Report of the Indian Hemp Drugs Commission, 1894-1895 - Volume IV
Year: 1894
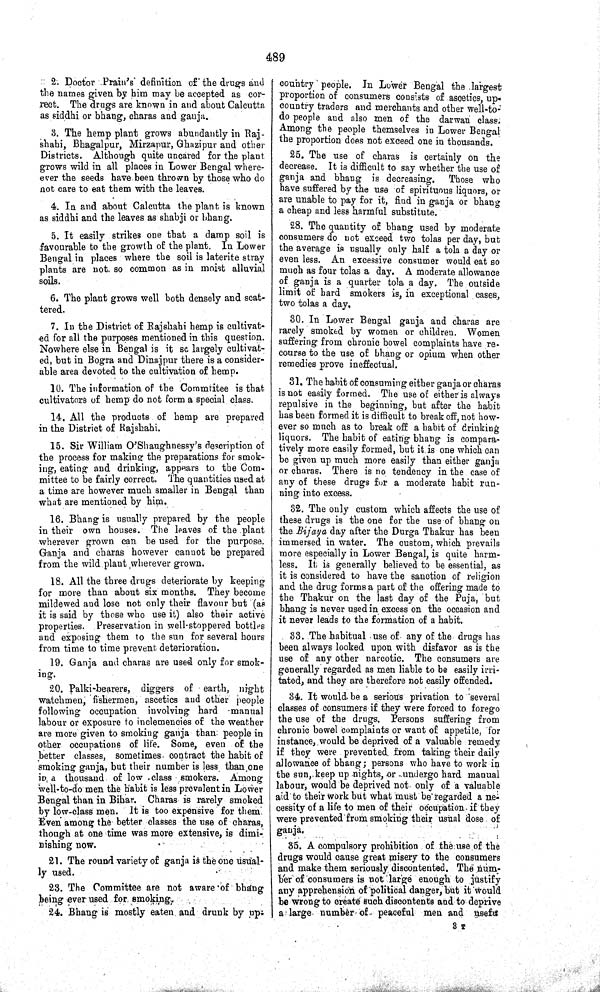
489
2. Doctor Prain's definition of the drugs and
the names given by him may be accepted as cor-
rect. The drugs are known in and about Calcutta
as siddhi or bhang, charas and ganja.
3. The hemp plant grows abundantly in Raj-
shahi, Bhagalpur, Mirzapur, Ghazipur and other
Districts. Although quite uncared for the plant.
grows wild in all places in Lower Bengal where-
ever the seeds have been thrown by those who do
not care to eat them with the leaves.
4. In and about Calcutta the plant is known
as siddhi and the leaves as shabji or bhang.
5. It easily strikes one that a damp soil is
favourable to the growth of the plant. In Lower
Bengal in places where the soil is laterite stray
plants are not. so common as in moist alluvial
soils.
6. The plant grows well both densely and scat-
tered.
7. In the District of Rajshahi hemp is cultivat-
ed for all the purposes mentioned in this question.
Nowhere else in Bengal is it so largely cultivat-
ed, but in Bogra and Dinajpur there is a consider-
able area devoted to the cultivation of hemp.
10. The information of the Commtitee is that
cultivators of hemp do not form a special class.
14. All the products of hemp are prepared
in the District of Rajshahi.
15. Sir William O'Shaughnessy's description of
the process for making the preparations for smok-
ing, eating and drinking, appears to the Com-
mittee to be fairly correct. The quantities used at
a time are however much smaller in Bengal than
what are mentioned by him.
16. Bhang is usually prepared by the people
in their own houses. The leaves of the plant
wherever grown can be used for the purpose.
Ganja and charas however cannot be prepared
from the wild plant wherever grown.
18. All the three drugs deteriorate by keeping
for more than about six months. They become
mildewed and lose not only their flavour but (as
it is said by those who use it) also their active
properties. Preservation in well-stoppered bottles
and exposing them to the sun for several hours
from time to time prevent deterioration.
19. Ganja and charas are used only for smok-
ing.
20. Palki-bearers, diggers of earth, night
watchmen, fishermen, ascetics and other people
following occupation involving hard manual
labour or exposure to inclemencies of the weather
are more given to smoking ganja than people in
other occupations of life. Some, even of the
better classes, sometimes contract the habit of
smoking ganja, but their number is less than one
in, a thousand of low class smokers. Among
well-to-do men the habit is less prevalent in Lower
Bengal than in Bihar. Charas is rarely smoked
by low-class men. It is too expensive for them.
Even among the better classes the use of charas,
though at one time was more extensive, is dimi-
nishing now.
21. The round variety of ganja is the one usual-
ly used.
23. The Committee are not aware of bhang
being ever used for
smoking.
24. Bhang is mostly eaten and drunk by up;
country people. In Lower Bengal the largest
proportion of consumers consists of ascetics, up-
country traders and merchants and other well-to-
do people and also men of the darwan class.
Among the people themselves in Lower Bengal
the proportion does not exceed one in thousands.
25. The use of charas is certainly on the
decrease. It is difficult to say whether the use of
ganja and bhang is decreasing. Those who
have suffered by the use of spirituous liquors, or
are unable to pay for it, find in ganja or bhang
a cheap and less harmful substitute.
28. The quantity of bhang used by moderate
consumers do not exceed two tolas per day, but
the average is usually only half a tola a day or
even less. An excessive consumer would eat so
much as four tolas a day. A moderate allowance
of ganja is a quarter tola a day. The outside
limit of hard smokers is, in exceptional cases,
two tolas a day.
30. In Lower Bengal ganja and charas are
rarely smoked by women or children. Women
suffering from chronic bowel complaints have re-
course to the use of bhang or opium when other
remedies prove ineffectual.
31. The habit of consuming either ganja or charas
is not easily formed. The use of either is always
repulsive in the beginning, but after the habit
has been formed it is difficult to break off, not how-
ever so much as to break off a habit of drinking
liquors. The habit of eating bhang is compara-
tively more easily formed, but it is one which can
be given up much more easily than either ganja
or charas. There is no tendency in the case of
any of these drugs for a moderate habit run-
ning into excess.
32. The only custom which affects the use of
these drugs is the one for the use of bhang on
the Bijaya day after the Durga Thakur has been
immersed in water. The custom, which prevails
more especially in Lower Bengal, is quite harm-
less. It is generally believed to be essential, as
it is considered to have the sanction of religion
and the drug forms a part of the offering made to
the Thakur on the last day of the Puja, but
bhang is never used in excess on the occasion and
it never leads to the formation of a habit.
33. The habitual use of any of the drugs has
been always looked upon with disfavor as is the
use of any other narcotic. The consumers are
generally regarded as men liable to be easily irri-
tated, and they are therefore not easily offended.
34. It would be a serious privation to several
classes of consumers if they were forced to forego
the use of the drugs. Persons suffering from
chronic bowel complaints or want of appetite, for
instance, would be deprived of a valuable remedy
if they were prevented from taking their daily
allowance of bhang; persons who have to work in
the sun, keep up nights, or undergo hard manual
labour, would be deprived not only of a valuable
aid to their work but what must be regarded a ne-
cessity of a life to men of their occupation if they
were prevented from smoking their usual dose of
ganja.
35. A compulsory prohibition of the use of the
drugs would cause great misery to the consumers
and make them seriously discontented. The num-
ber of consumers is not large enough to justify
any apprehension of political danger, but it would
be wrong to create such discontents and to deprive
a large number of peaceful men and usefu
3 T